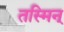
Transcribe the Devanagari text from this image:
तस्मिन्‌